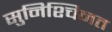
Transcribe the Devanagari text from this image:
सुनिश्चिनत